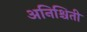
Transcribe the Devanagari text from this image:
अनिश्चिती